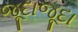
જૂદાજૂદા